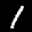
Label: 1